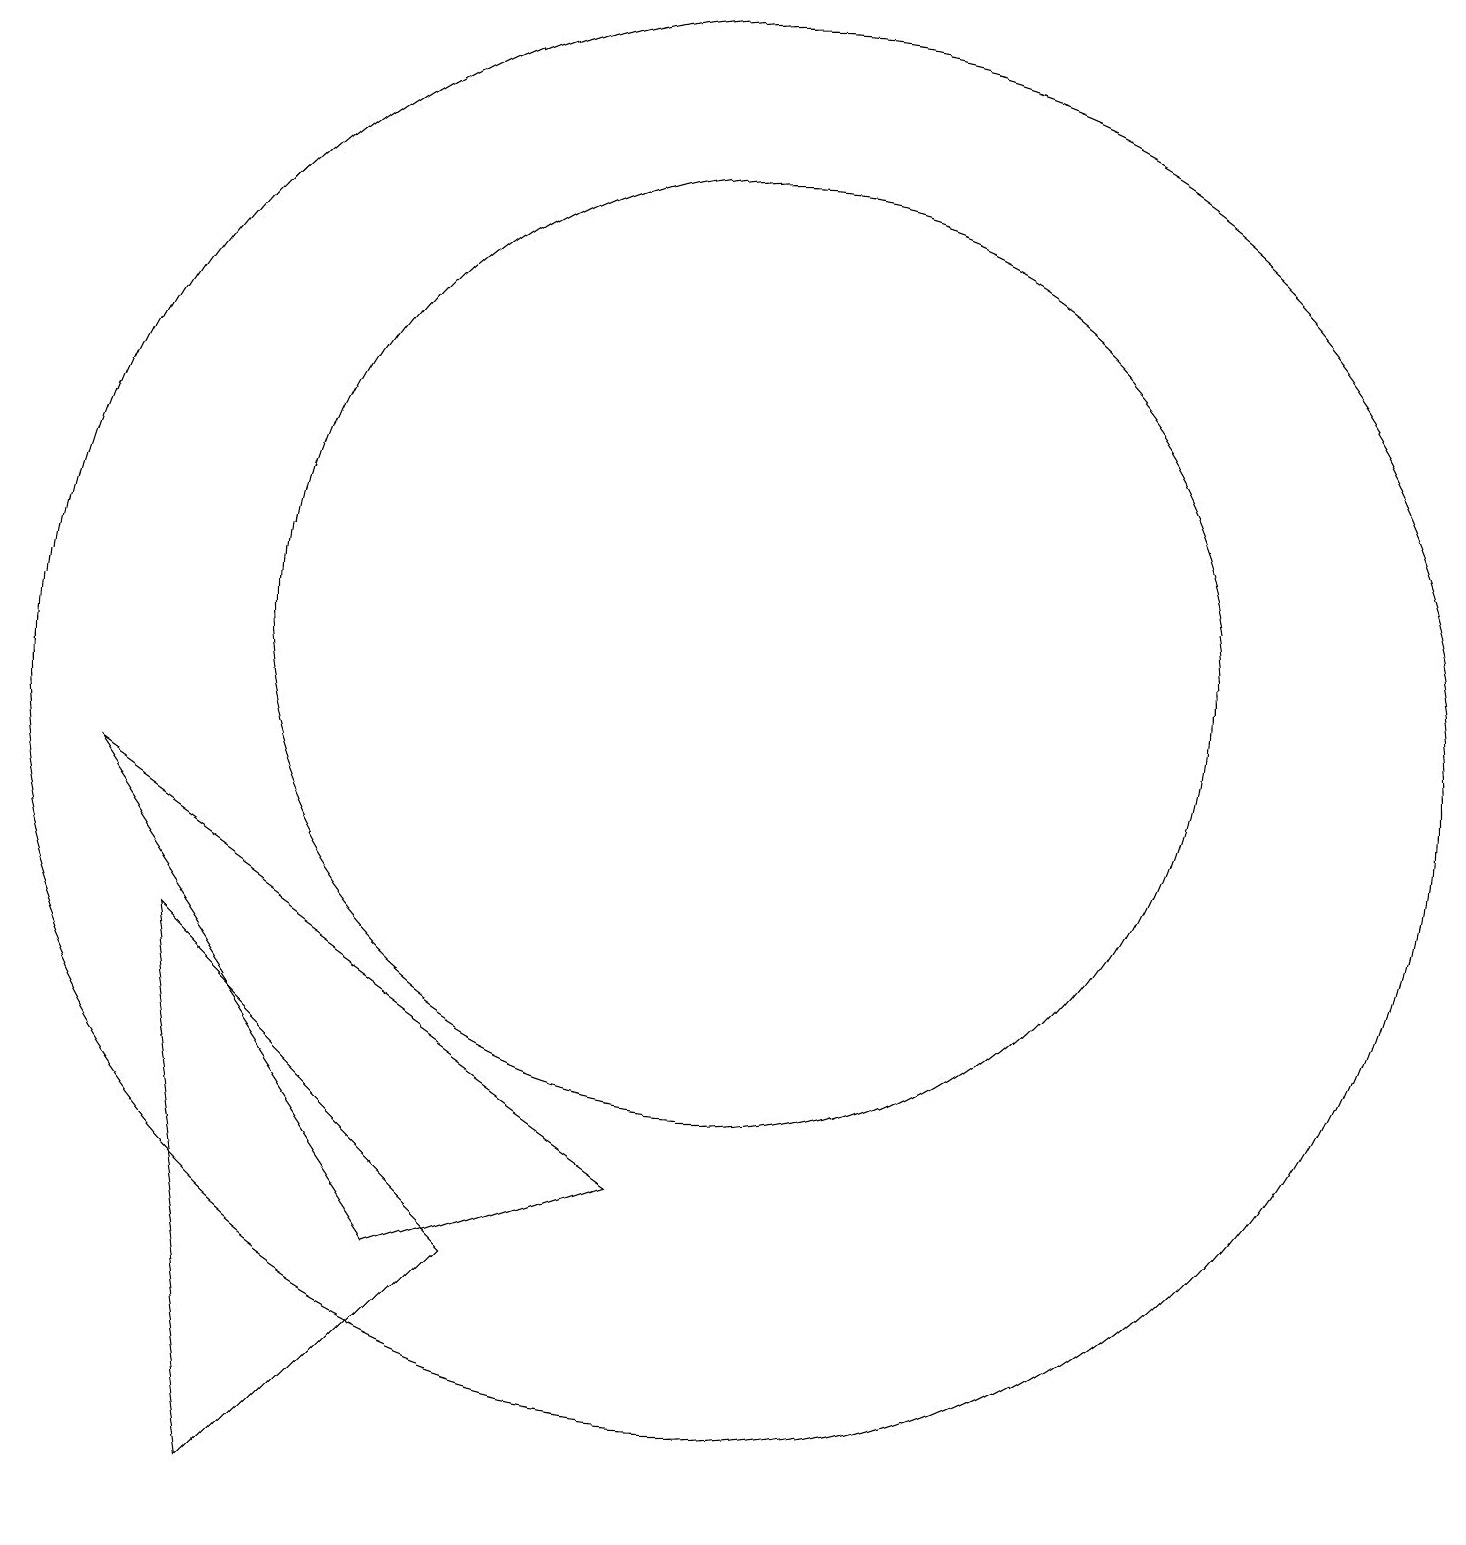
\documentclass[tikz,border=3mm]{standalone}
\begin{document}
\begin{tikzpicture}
\draw (10,11) circle (6);
\draw (10,10) circle (9);
\draw (6,3) -- (9,4) -- (2,9) -- cycle;
\draw (4,0) -- (7,3) -- (3,7) -- cycle;
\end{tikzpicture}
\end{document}